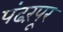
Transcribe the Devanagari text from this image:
पंढऱपूर